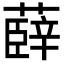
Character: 𮑠